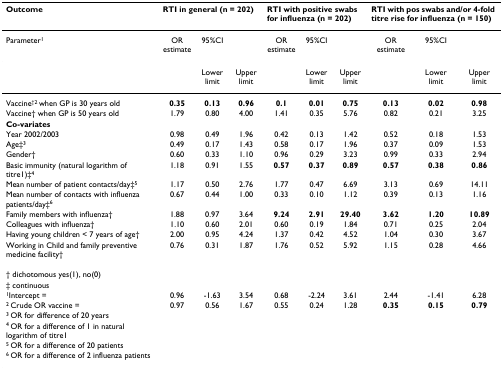
<table><thead><tr><td><b>Outcome</b></td><td colspan="3"><b>RTI in general (n = 202)</b></td><td colspan="3"><b>RTI with positive swabs for influenza (n = 202)</b></td><td colspan="3"><b>RTI with pos swabs and/or 4-fold titre rise for influenza (n = 150)</b></td></tr></thead><tbody><tr><td>Parameter<sup>1</sup></td><td>OR estimate</td><td>95%CI</td><td></td><td>OR estimate</td><td>95%CI</td><td></td><td>OR estimate</td><td>95%CI</td><td></td></tr><tr><td></td><td></td><td>Lower limit</td><td>Upper limit</td><td></td><td>Lower limit</td><td>Upper limit</td><td></td><td>Lower limit</td><td>Upper limit</td></tr><tr><td>Vaccine<sup>†2 </sup>when GP is 30 years old</td><td><b>0.35</b></td><td><b>0.13</b></td><td><b>0.96</b></td><td><b>0.1</b></td><td><b>0.01</b></td><td><b>0.75</b></td><td><b>0.13</b></td><td><b>0.02</b></td><td><b>0.98</b></td></tr><tr><td>Vaccine† when GP is 50 years old</td><td>1.79</td><td>0.80</td><td>4.00</td><td>1.41</td><td>0.35</td><td>5.76</td><td>0.82</td><td>0.21</td><td>3.25</td></tr><tr><td><b>Co-variates</b></td><td></td><td></td><td></td><td></td><td></td><td></td><td></td><td></td><td></td></tr><tr><td>Year 2002/2003</td><td>0.98</td><td>0.49</td><td>1.96</td><td>0.42</td><td>0.13</td><td>1.42</td><td>0.52</td><td>0.18</td><td>1.53</td></tr><tr><td>Age‡<sup>3</sup></td><td>0.49</td><td>0.17</td><td>1.43</td><td>0.58</td><td>0.17</td><td>1.96</td><td>0.37</td><td>0.09</td><td>1.53</td></tr><tr><td>Gender†</td><td>0.60</td><td>0.33</td><td>1.10</td><td>0.96</td><td>0.29</td><td>3.23</td><td>0.99</td><td>0.33</td><td>2.94</td></tr><tr><td>Basic immunity (natural logarithm of titre1)‡<sup>4</sup></td><td>1.18</td><td>0.91</td><td>1.55</td><td><b>0.57</b></td><td><b>0.37</b></td><td><b>0.89</b></td><td><b>0.57</b></td><td><b>0.38</b></td><td><b>0.86</b></td></tr><tr><td>Mean number of patient contacts/day‡<sup>5</sup></td><td>1.17</td><td>0.50</td><td>2.76</td><td>1.77</td><td>0.47</td><td>6.69</td><td>3.13</td><td>0.69</td><td>14.11</td></tr><tr><td>Mean number of contacts with influenza patients/day‡<sup>6</sup></td><td>0.67</td><td>0.44</td><td>1.00</td><td>0.33</td><td>0.10</td><td>1.12</td><td>0.39</td><td>0.13</td><td>1.16</td></tr><tr><td>Family members with influenza†</td><td>1.88</td><td>0.97</td><td>3.64</td><td><b>9.24</b></td><td><b>2.91</b></td><td><b>29.40</b></td><td><b>3.62</b></td><td><b>1.20</b></td><td><b>10.89</b></td></tr><tr><td>Colleagues with influenza†</td><td>1.10</td><td>0.60</td><td>2.01</td><td>0.60</td><td>0.19</td><td>1.84</td><td>0.71</td><td>0.25</td><td>2.04</td></tr><tr><td>Having young children &lt; 7 years of age†</td><td>2.00</td><td>0.95</td><td>4.24</td><td>1.37</td><td>0.42</td><td>4.52</td><td>1.04</td><td>0.30</td><td>3.67</td></tr><tr><td>Working in Child and family preventive medicine facility†</td><td>0.76</td><td>0.31</td><td>1.87</td><td>1.76</td><td>0.52</td><td>5.92</td><td>1.15</td><td>0.28</td><td>4.66</td></tr><tr><td>† dichotomous yes(1), no(0)</td><td></td><td></td><td></td><td></td><td></td><td></td><td></td><td></td><td></td></tr><tr><td>‡ continuous</td><td></td><td></td><td></td><td></td><td></td><td></td><td></td><td></td><td></td></tr><tr><td><sup>1</sup>Intercept =</td><td>0.96</td><td>-1.63</td><td>3.54</td><td>0.68</td><td>-2.24</td><td>3.61</td><td>2.44</td><td>-1.41</td><td>6.28</td></tr><tr><td><sup>2 </sup>Crude OR vaccine =</td><td>0.97</td><td>0.56</td><td>1.67</td><td>0.55</td><td>0.24</td><td>1.28</td><td><b>0.35</b></td><td><b>0.15</b></td><td><b>0.79</b></td></tr><tr><td><sup>3 </sup>OR for difference of 20 years</td><td></td><td></td><td></td><td></td><td></td><td></td><td></td><td></td><td></td></tr><tr><td><sup>4 </sup>OR for a difference of 1 in natural logarithm of titre1</td><td></td><td></td><td></td><td></td><td></td><td></td><td></td><td></td><td></td></tr><tr><td><sup>5 </sup>OR for a difference of 20 patients</td><td></td><td></td><td></td><td></td><td></td><td></td><td></td><td></td><td></td></tr><tr><td><sup>6 </sup>OR for a difference of 2 influenza patients</td><td></td><td></td><td></td><td></td><td></td><td></td><td></td><td></td><td></td></tr></tbody></table>